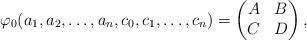
LaTeX: \begin{align*}\varphi_{0}(a_{1},a_{2},\ldots,a_{n},c_{0},c_{1},\ldots,c_{n})=\begin{pmatrix}A & B\\C & D\end{pmatrix},\end{align*}